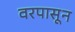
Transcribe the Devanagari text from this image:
वरपासून